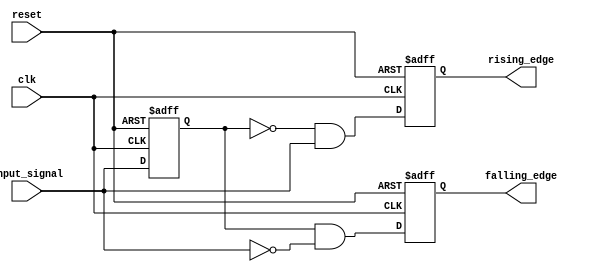
module SchmittTriggerEdgeDetector (
    input wire clk,               // Clock signal
    input wire reset,             // Asynchronous reset
    input wire input_signal,      // Noisy input signal
    output reg rising_edge,       // Rising edge output
    output reg falling_edge       // Falling edge output
);

    // Parameters for Schmitt Trigger thresholds
    parameter Vth_plus = 1'b1;    // Upper threshold for rising edge
    parameter Vth_minus = 1'b0;   // Lower threshold for falling edge

    // Internal signals
    reg input_signal_d;           // Delayed version of input_signal
    reg trigger_state;            // Current state of the Schmitt Trigger

    // Edge detection logic
    always @(posedge clk or posedge reset) begin
        if (reset) begin
            rising_edge <= 1'b0;
            falling_edge <= 1'b0;
            input_signal_d <= 1'b0;
            trigger_state <= 1'b0;
        end else begin
            // Store the previous state of the input signal
            input_signal_d <= input_signal;

            // Schmitt Trigger logic
            if (trigger_state == 1'b0 && input_signal == Vth_plus) begin
                trigger_state <= 1'b1; // Transition to high state
            end else if (trigger_state == 1'b1 && input_signal == Vth_minus) begin
                trigger_state <= 1'b0; // Transition to low state
            end

            // Edge detection
            rising_edge <= (input_signal_d == Vth_minus && input_signal == Vth_plus);
            falling_edge <= (input_signal_d == Vth_plus && input_signal == Vth_minus);
        end
    end

endmodule